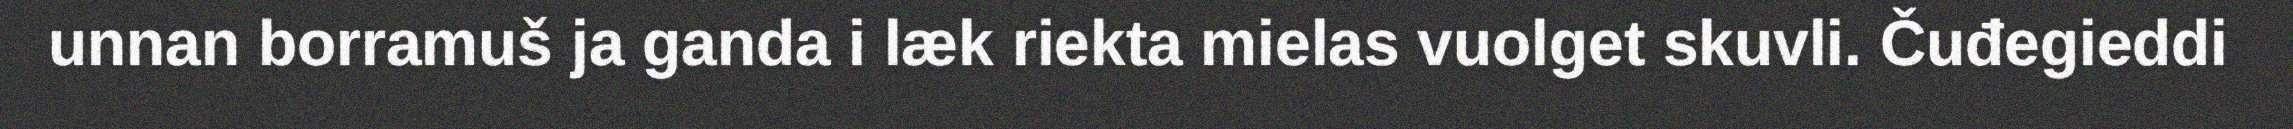
unnan borramuš ja ganda i læk riekta mielas vuolget skuvli. Čuđegieddi